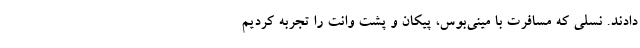
دادند. نسلی که مسافرت با مینی‌بوس، پیکان و پشت وانت را تجربه کردیم